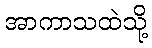
အာကာသထဲသို့